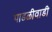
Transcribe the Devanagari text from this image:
पाडळीवाडी